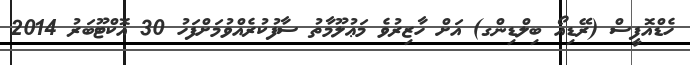
ހެޑްއޮފީސް (ރޭޑިއޯ ބިލްޑިންގ) އަށް ހާޒިރުވެ މަޢުލޫމާތު ސާފުކުރެއްވުމަށްފަހު 30 އޮކްޓޫބަރު 2014